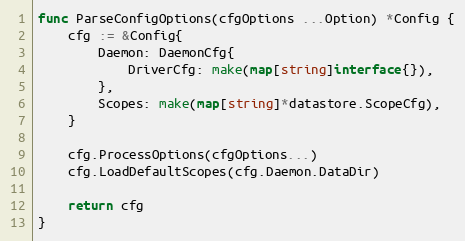
Language: Go
func ParseConfigOptions(cfgOptions ...Option) *Config {
	cfg := &Config{
		Daemon: DaemonCfg{
			DriverCfg: make(map[string]interface{}),
		},
		Scopes: make(map[string]*datastore.ScopeCfg),
	}

	cfg.ProcessOptions(cfgOptions...)
	cfg.LoadDefaultScopes(cfg.Daemon.DataDir)

	return cfg
}